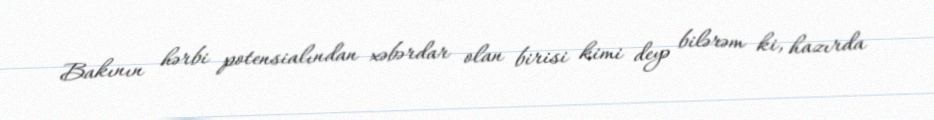
Bakının hərbi potensialından xəbərdar olan birisi kimi deyə bilərəm ki, hazırda